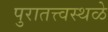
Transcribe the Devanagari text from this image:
पुरातत्त्वस्थळे